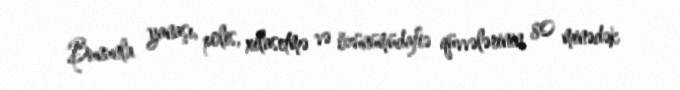
Bununla yanaşı, polis, xilasetmə və özünümüdafiə qüvvələrinin 80 minədək